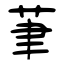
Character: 茟